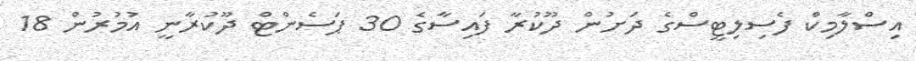
އިސްލާމިކް ފެސިލިޓީސްގެ ދަށުން ދޫކުރާ ފައިސާގެ 30 ޕަސެންޓް ދޫކުރާނީ އުމުރުން 18